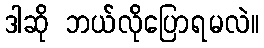
ဒါဆို ဘယ်လိုပြောရမလဲ။